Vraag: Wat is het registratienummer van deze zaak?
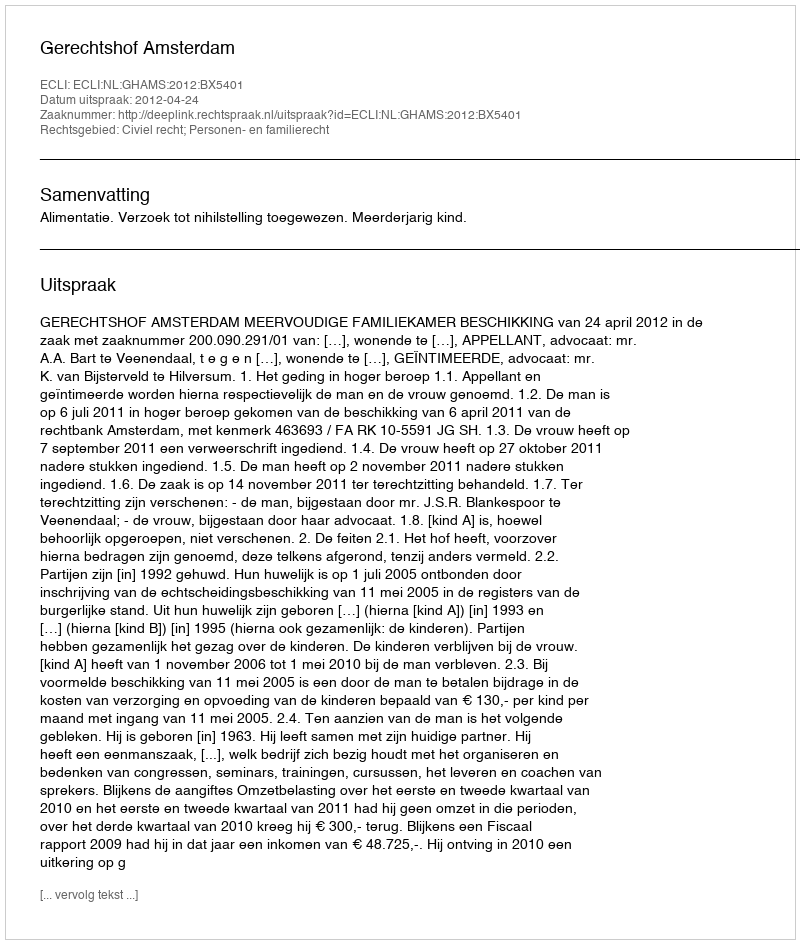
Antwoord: http://deeplink.rechtspraak.nl/uitspraak?id=ECLI:NL:GHAMS:2012:BX5401